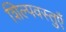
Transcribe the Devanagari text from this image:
शिल्पवस्तुएँ